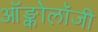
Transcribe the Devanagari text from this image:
ऑङ्कोलॉजी